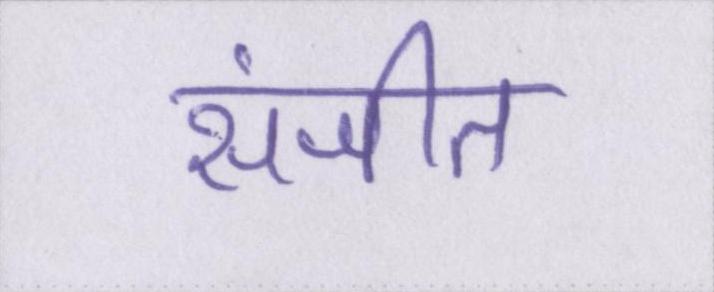
संजीत